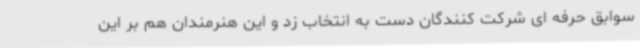
سوابق حرفه ای شرکت کنندگان دست به انتخاب زد و این هنرمندان هم بر این